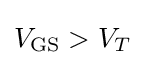
V_{\rm {GS}}>V_{T}